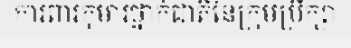
ការពារកុមារថ្នាក់ជាតិនៃក្រុមប្រឹក្សា